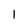
Character: 1